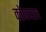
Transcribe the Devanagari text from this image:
कोणच्याच